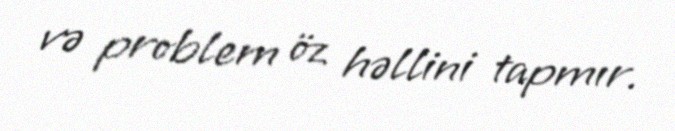
və problem öz həllini tapmır.